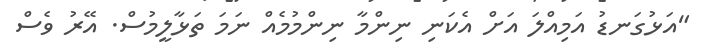
"އަޅުގަނޑު އަމިއްލަ އަށް އެކަނި ނިންމާ ނިންމުމެއް ނަމަ ތަޅާލީމުސް. އޭރު ވެސް